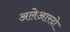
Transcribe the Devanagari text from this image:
अलेआरदो